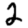
Digit: 2